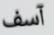
آسف